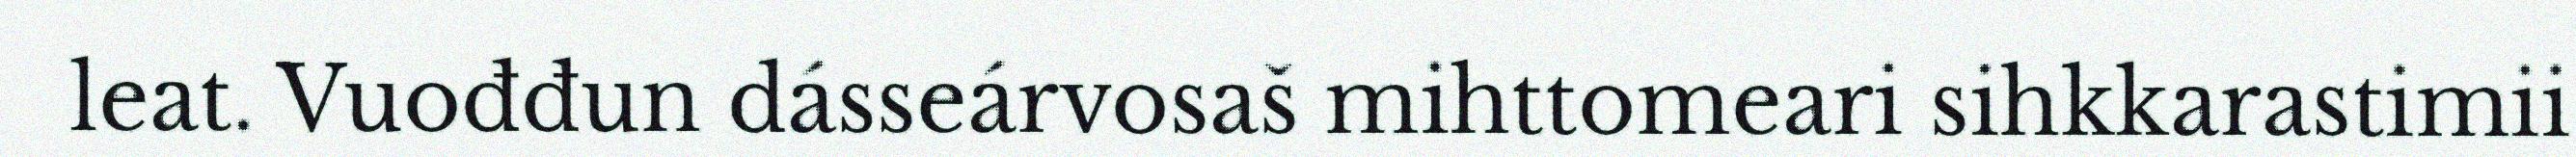
leat. Vuođđun dásseárvosaš mihttomeari sihkkarastimii